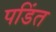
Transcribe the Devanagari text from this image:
पडिंत